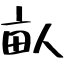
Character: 畒